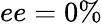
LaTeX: ee=0\%